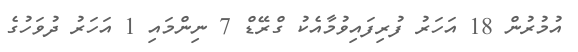
އުމުރުން 18 އަހަރު ފުރިފައިވުމާއެކު ގްރޭޑް 7 ނިންމައި 1 އަހަރު ދުވަހުގެ